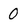
Character: 0